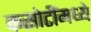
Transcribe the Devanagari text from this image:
कसोटींमध्ये